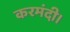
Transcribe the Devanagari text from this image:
करमंदी।